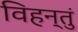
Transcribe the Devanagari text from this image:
विहन्तुं